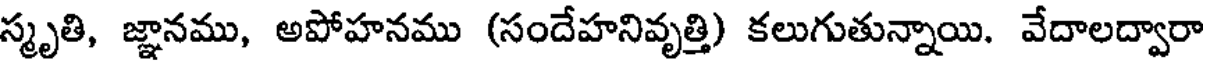
స్మృతి, జ్ఞానము, అపోహనము (సందేహనివృత్తి) కలుగుతున్నాయి. వేదాలద్వారా